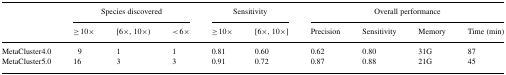
<table><thead><tr><td></td><td colspan="3"><b>Species discovered</b></td><td colspan="2"><b>Sensitivity</b></td><td colspan="4"><b>Overall performance</b></td></tr><tr><td></td><td><b>≥ 10×</b></td><td><b>[6×, 10×)</b></td><td><b><i>&lt;</i> 6×</b></td><td><b>≥ 10×</b></td><td><b>[6×, 10×]</b></td><td><b>Precision</b></td><td><b>Sensitivity</b></td><td><b>Memory</b></td><td><b>Time (min)</b></td></tr></thead><tbody><tr><td>MetaCluster4.0</td><td>9</td><td>1</td><td>1</td><td>0.81</td><td>0.60</td><td>0.62</td><td>0.80</td><td>31G</td><td>87</td></tr><tr><td>MetaCluster5.0</td><td>16</td><td>3</td><td>3</td><td>0.91</td><td>0.72</td><td>0.87</td><td>0.88</td><td>21G</td><td>45</td></tr></tbody></table>